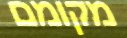
מקומם